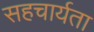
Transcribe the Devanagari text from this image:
सहचार्यता